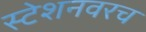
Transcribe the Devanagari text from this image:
स्टेशनवरच